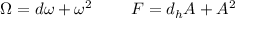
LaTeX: \Omega = d \omega + \omega ^ { 2 } \ \ \ \ \ \ \ F = d _ { h } A + A ^ { 2 }